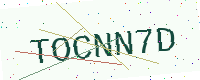
Text: TOCNN7D